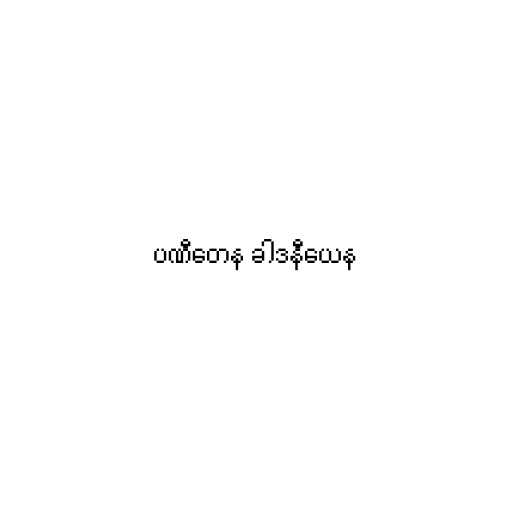
ပဏီတေန ခါဒနီယေန